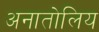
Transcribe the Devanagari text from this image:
अनातोलिय